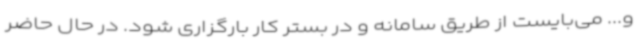
و... می‌بایست از طریق سامانه و در بستر کار بارگزاری شود. در حال حاضر